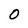
Character: 0